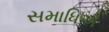
સમાધિએ